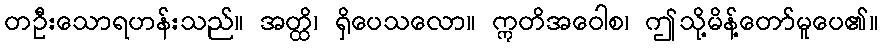
တဦးသောရဟန်းသည်။ အတ္ထိ၊ ရှိပေသလော။ ဣတိအဝေါစ၊ ဤသို့မိန့်တော်မူပေ၏။